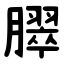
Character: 臎